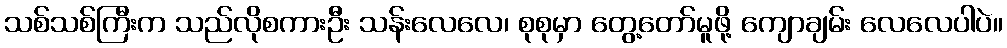
သစ်သစ်ကြီးက သည်လိုစကားဦး သန်းလေလေ၊ စုစုမှာ တွေ့တော်မူဖို့ ကျောချမ်း လေလေပါပဲ။